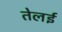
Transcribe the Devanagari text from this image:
तेलई